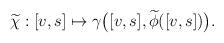
LaTeX: \begin{align*}\widetilde{\chi}: [v,s] \mapsto \gamma \big([v,s], \widetilde{\phi} ( [v,s] ) \big) .\end{align*}